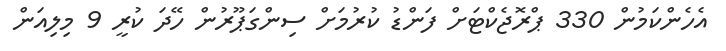
އެހެންކަމުން 330 ޕްރޮޖެކްޓަށް ފަންޑު ކުރުމަށް ސިންގަޕޫރުން ހޭދަ ކުރީ 9 މިލިއަން